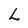
Character: L